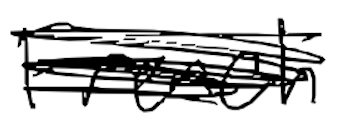
Text: French
Cross-out: scratch
Writing tool: digital_black